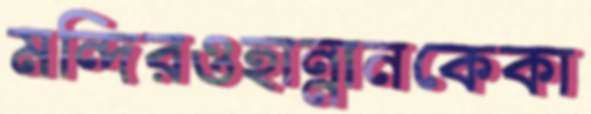
মন্দিরওহান্নানকেকা